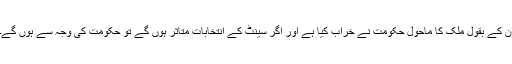
ان کے بقول ملک کا ماحول حکومت نے خراب کیا ہے اور اگر سینٹ کے انتخابات متاثر ہوں گے تو حکومت کی وجہ سے ہوں گے۔